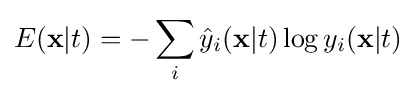
E(\mathbf {x} |t)=-\sum _{i}{\hat {y}}_{i}(\mathbf {x} |t)\log y_{i}(\mathbf {x} |t)